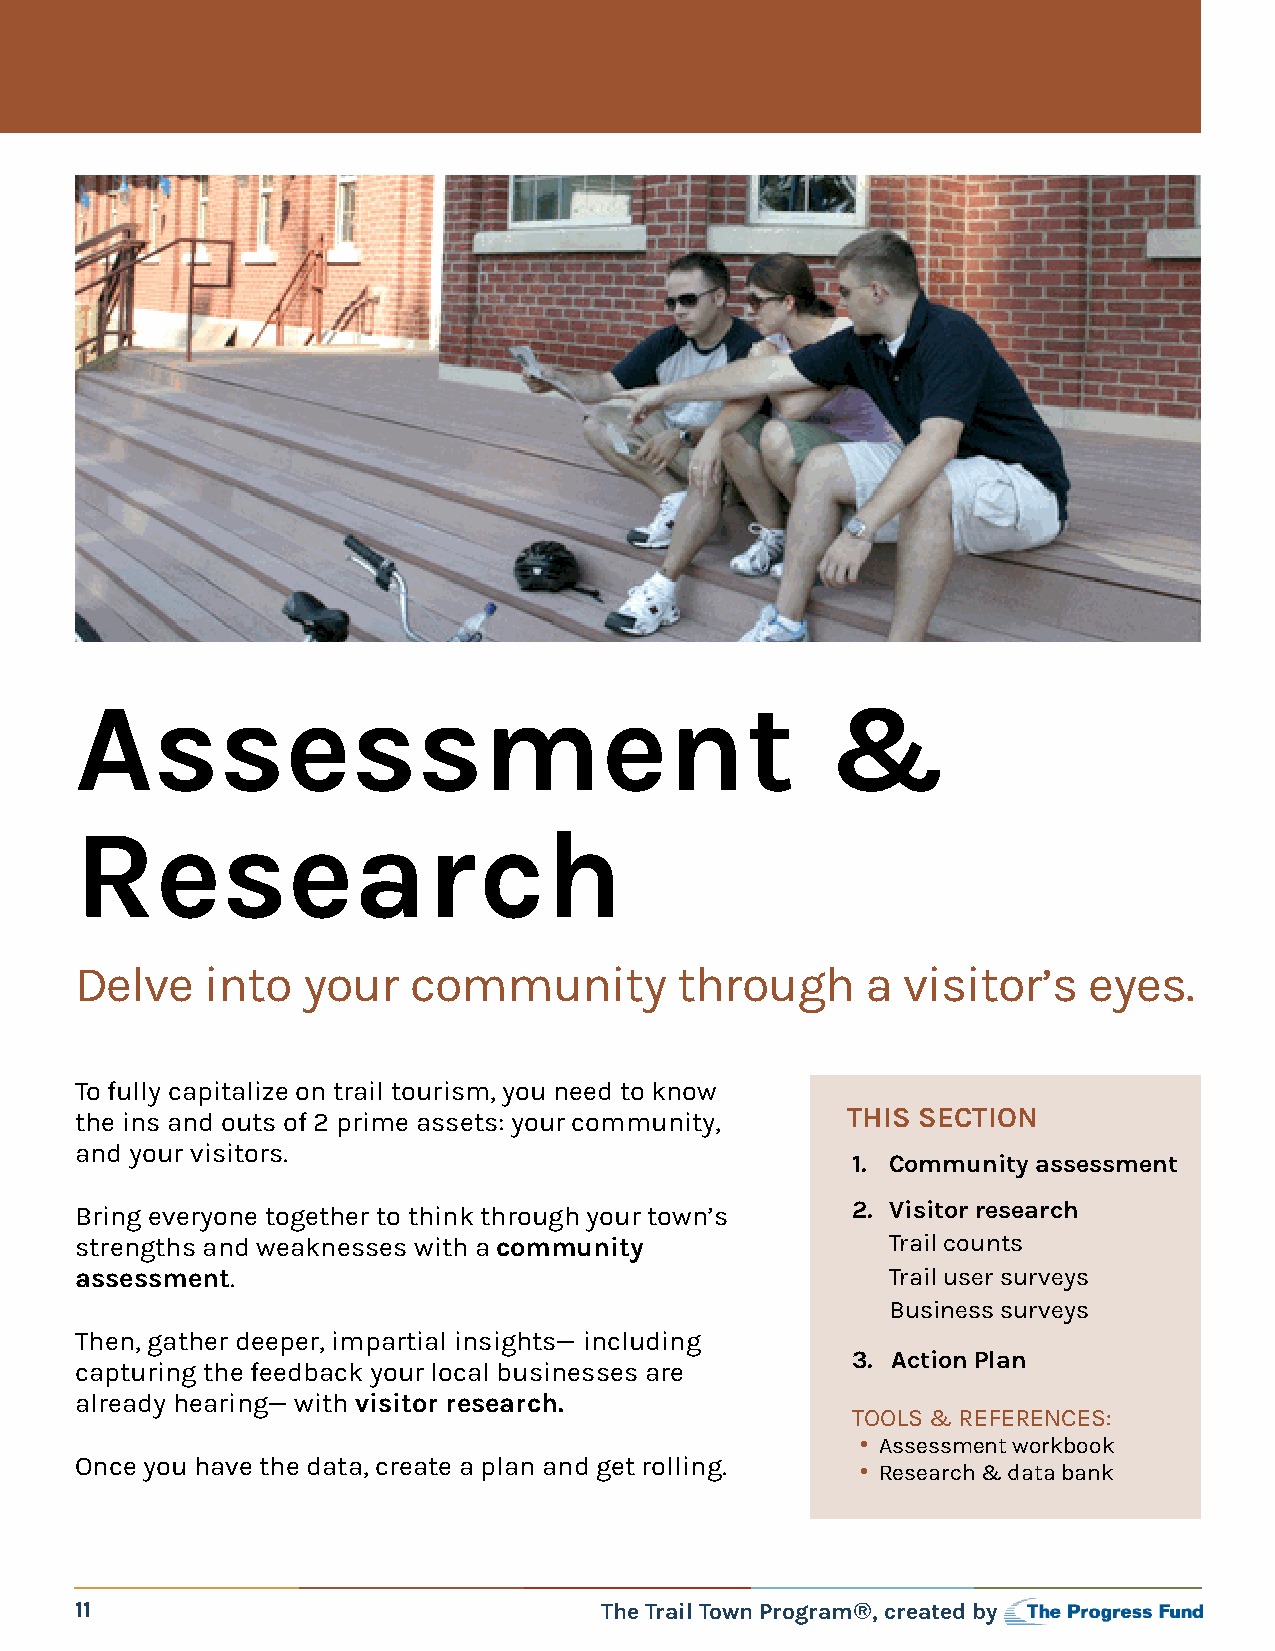
Assessment                                        &
 Research
 Delve    into  your   community         through     a  visitor’s   eyes.
 To fully capitalize on trail tourism, you need to know
 the ins and outs of 2 prime assets: your community, THIS SECTION
 and your visitors.
 1. Community assessment
 Bring everyone together to think through your town’s 2. Visitor research
 strengths and weaknesses with a community             Trail counts
 assessment.                                           Trail user surveys
 Business surveys
 Then, gather deeper, impartial insights— including
 3. Action Plan
 capturing the feedback your local businesses are
 already hearing— with visitor research.
 TOOLS & REFERENCES:
 • Assessment workbook
 Once you have the data, create a plan and get rolling.
 • Research & data bank
 11                                 The Trail Town Program®, created by